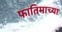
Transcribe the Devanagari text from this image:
फातिमाच्या